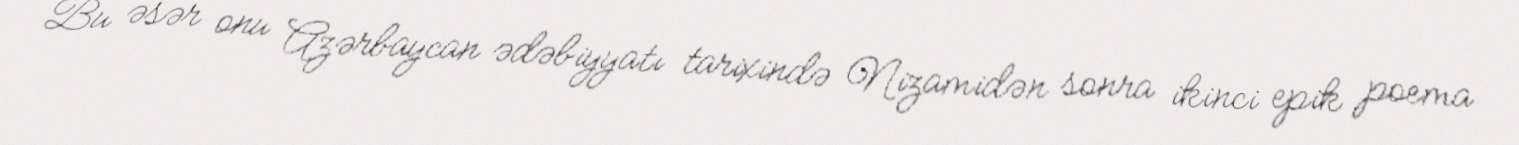
Bu əsər onu Azərbaycan ədəbiyyatı tarixində Nizamidən sonra ikinci epik poema